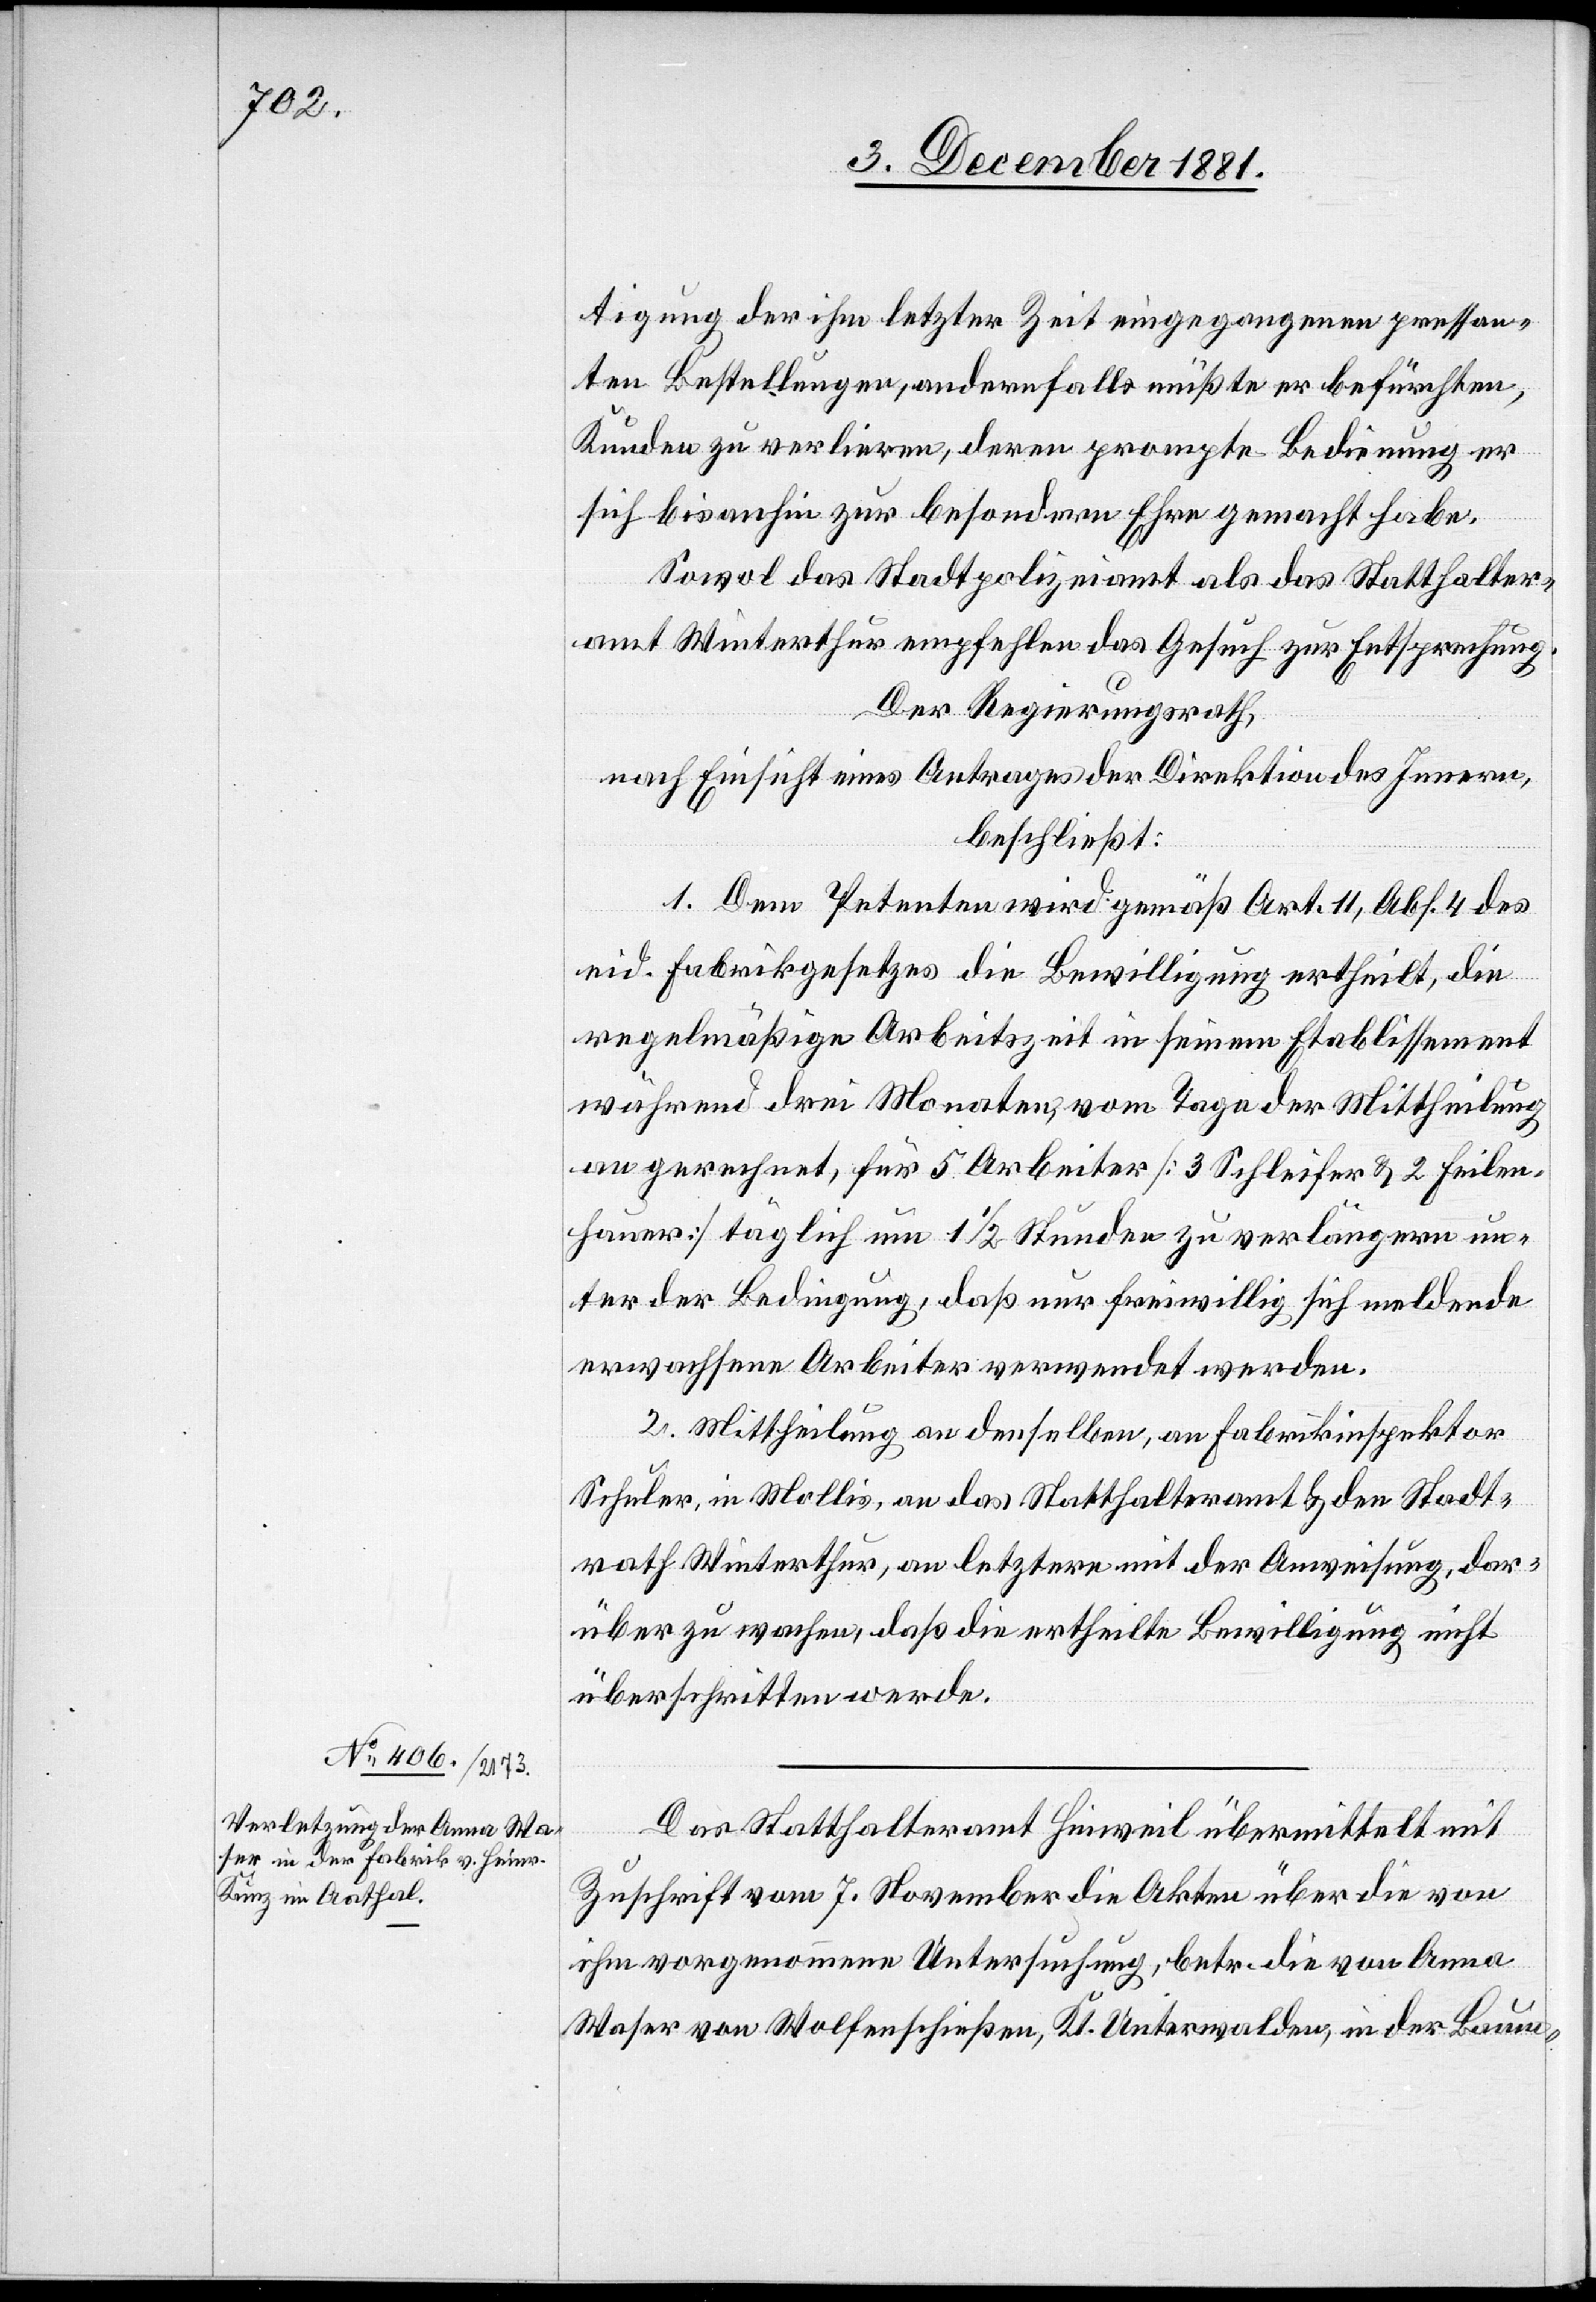
tigung der ihm letzter Zeit eingegangenen pressan¬
ten Bestellungen, andernfalls müßte er befürchten,
Kunden zu verlieren, deren prompte Bedienung er
sich bis anhin zur besondern Ehre gemacht habe.
Sowol das Stadtpolizeiamt als das Statthalter¬
amt Winterthur empfehlen das Gesuch zur Entsprechung.
Der Regierungsrath,
nach Einsicht eines Antrages der Direktion des Innern,
beschließt:
1. Dem Petenten wird gemäß Art. 11, Abs. 4 des
eid. Fabrikgesetzes die Bewilligung ertheilt, die
regelmäßige Arbeitszeit in seinem Etablissement
während drei Monaten, vom Tage der Mittheilung
an gerechnet, für 5 Arbeiter [3 Schleifer & 2 Feilen¬
hauer] täglich um 1 1/2 Stunden zu verlängern un¬
ter der Bedingung, daß nur freiwillig sich meldende
erwachsene Arbeiter verwendet werden.
2. Mittheilung an denselben, an Fabrikinspektor
Schuler, in Mollis, an das Statthalteramt & den Stadt¬
rath Winterthur, an letztere mit der Anweisung, dar¬
über zu wachen, daß die ertheilte Bewilligung nicht
überschritten werde.
Das Statthalteramt Hinweil übermittelt mit
Zuschrift vom 7. November die Akten über die von
ihm vorgenommene Untersuchung, betr. die von Anna
Waser von Wolfenschießen, Kt. Unterwalden, in der Baum-